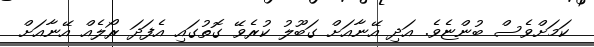
ކަމަށްވެސް ބުންޏެވެ. އަދި އޭނާއަށް ގަބޫލު ކުރެވޭ ގޮތުގައި އެފަދަ ރޯލެއް އޭނާއަށް